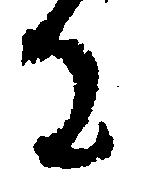
に